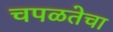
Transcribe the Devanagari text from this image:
चपळतेचा